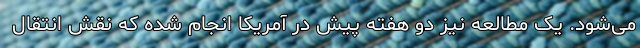
می‌شود. یک مطالعه نیز دو هفته پیش در آمریکا انجام شده که نقش انتقال